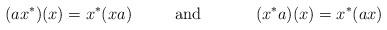
LaTeX: \begin{align*}(a x^*) (x) = x^* ( xa) \ \ \ \ \ \ \ \mbox{ and } \ \ \ \ \ \ \ \ \ (x^* a) (x) = x^* (ax ) \end{align*}